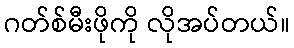
ဂတ်စ်မီးဖိုကို လိုအပ်တယ်။